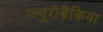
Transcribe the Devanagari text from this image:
प्ल्यूरोब्रैंकिया